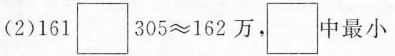
(2)$$1 6 1 \Box 3 0 5 ≈ 1 6 2 万$$，\Box中最小